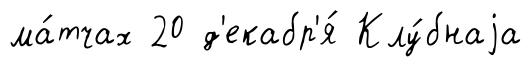
ма́тчах 20 д'екабр'я́ Клу́бнаjа